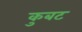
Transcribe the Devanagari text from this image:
कुबट